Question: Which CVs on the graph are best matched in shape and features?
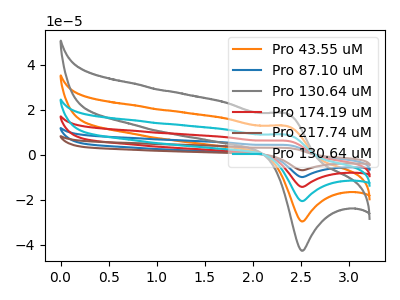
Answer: <think>The orange curve "Pro 43.55 uM" has an anodic peak at (2.35V, 12.85uA) and a cathodic peak at (2.50V, -29.70uA). The blue curve "Pro 87.10 uM" has an anodic peak at (2.35V, 51.35uA) and a cathodic peak at (2.50V, -118.70uA). The gray curve "Pro 130.64 uM" has an anodic peak at (2.35V, 18.45uA) and a cathodic peak at (2.50V, -42.70uA). The red curve "Pro 174.19 uM" has an anodic peak at (2.35V, 38.50uA) and a cathodic peak at (2.50V, -89.05uA). The brown curve "Pro 217.74 uM" has an anodic peak at (2.35V, 64.15uA) and a cathodic peak at (2.50V, -148.40uA). The cyan curve "Pro 130.64 uM" has an anodic peak at (2.35V, 25.65uA) and a cathodic peak at (2.50V, -59.35uA).
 All the peaks in "Pro 43.55 uM" have a peak in "Pro 87.10 uM" at the same potential. Every peak in "Pro 43.55 uM" is lower than every peak in "Pro 87.10 uM". All the peaks in "Pro 43.55 uM" have a peak in "Pro 130.64 uM" at the same potential. Every peak in "Pro 43.55 uM" is lower than every peak in "Pro 130.64 uM". All the peaks in "Pro 43.55 uM" have a peak in "Pro 174.19 uM" at the same potential. Every peak in "Pro 43.55 uM" is lower than every peak in "Pro 174.19 uM". All the peaks in "Pro 43.55 uM" have a peak in "Pro 217.74 uM" at the same potential. Every peak in "Pro 43.55 uM" is lower than every peak in "Pro 217.74 uM". All the peaks in "Pro 43.55 uM" have a peak in "Pro 130.64 uM" at the same potential. Every peak in "Pro 43.55 uM" is lower than every peak in "Pro 130.64 uM". All the peaks in "Pro 87.10 uM" have a peak in "Pro 130.64 uM" at the same potential. Every peak in "Pro 87.10 uM" is higher than every peak in "Pro 130.64 uM". All the peaks in "Pro 87.10 uM" have a peak in "Pro 174.19 uM" at the same potential. Every peak in "Pro 87.10 uM" is higher than every peak in "Pro 174.19 uM". All the peaks in "Pro 87.10 uM" have a peak in "Pro 217.74 uM" at the same potential. Every peak in "Pro 87.10 uM" is lower than every peak in "Pro 217.74 uM". All the peaks in "Pro 87.10 uM" have a peak in "Pro 130.64 uM" at the same potential. Every peak in "Pro 87.10 uM" is higher than every peak in "Pro 130.64 uM". All the peaks in "Pro 130.64 uM" have a peak in "Pro 174.19 uM" at the same potential. Every peak in "Pro 130.64 uM" is lower than every peak in "Pro 174.19 uM". All the peaks in "Pro 130.64 uM" have a peak in "Pro 217.74 uM" at the same potential. Every peak in "Pro 130.64 uM" is lower than every peak in "Pro 217.74 uM". All the peaks in "Pro 130.64 uM" have a peak in "Pro 130.64 uM" at the same potential. Every peak in "Pro 130.64 uM" is lower than every peak in "Pro 130.64 uM". All the peaks in "Pro 174.19 uM" have a peak in "Pro 217.74 uM" at the same potential. Every peak in "Pro 174.19 uM" is lower than every peak in "Pro 217.74 uM". All the peaks in "Pro 174.19 uM" have a peak in "Pro 130.64 uM" at the same potential. Every peak in "Pro 174.19 uM" is higher than every peak in "Pro 130.64 uM". All the peaks in "Pro 217.74 uM" have a peak in "Pro 130.64 uM" at the same potential. Every peak in "Pro 217.74 uM" is higher than every peak in "Pro 130.64 uM".</think>
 <answer>"Pro 130.64 uM", "Pro 43.55 uM", "Pro 87.10 uM", "Pro 174.19 uM", "Pro 217.74 uM" and "Pro 130.64 uM" have the same shape and are likely CV's of the same chemical.</answer>
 <eval>"Pro 130.64 uM" "Pro 43.55 uM" "Pro 87.10 uM" "Pro 174.19 uM" "Pro 217.74 uM" "Pro 130.64 uM"</eval>